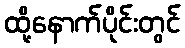
ထို့နောက်ပိုင်းတွင်